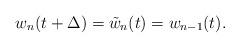
LaTeX: \begin{align*}w_n (t + \Delta) = \tilde{w}_n (t) = w_{n-1} (t) .\end{align*}